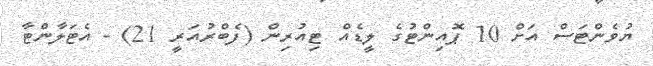
ޔުވެންޓަސް އަށް 10 ޕޮއިންޓުގެ ލީޑެއް ޓިއުރިން (ފެެބްރުއަރީ 21) - އެޓަލާންޓާ